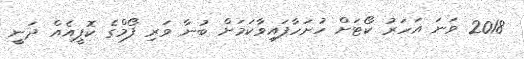
2018 ވަނަ އަހަރު ކޯޓަށް ހުށަހާފައިވާކަމަށް ބުނާ ވަރި ފޯމްގެ ކޮޕީއެއް ދަނީ